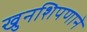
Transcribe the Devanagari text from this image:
खुनशिपणाने